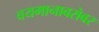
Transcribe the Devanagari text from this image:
वयमानाबरोबर